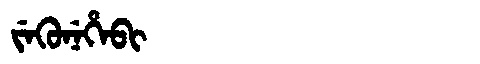
Manchu: ᠵᡝᡴᡠᠨᡝᡥᡝᠪᡳ
Romanization: JEKUNEHEBI